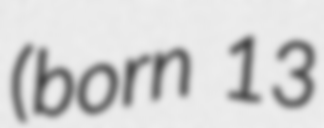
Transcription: (born 13